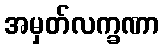
အမှတ်လက္ခဏာ